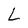
Character: L